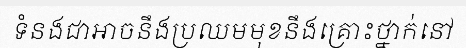
ទំនងជាអាចនឹងប្រឈមមុខនឹងគ្រោះថ្នាក់នៅ